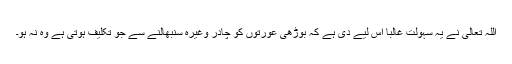
اللہ تعالیٰ نے یہ سہولت غالباً اس لیے دی ہے کہ بوڑھی عورتوں کو چادر وغیرہ سنبھالنے سے جو تکلیف ہوتی ہے وہ نہ ہو۔